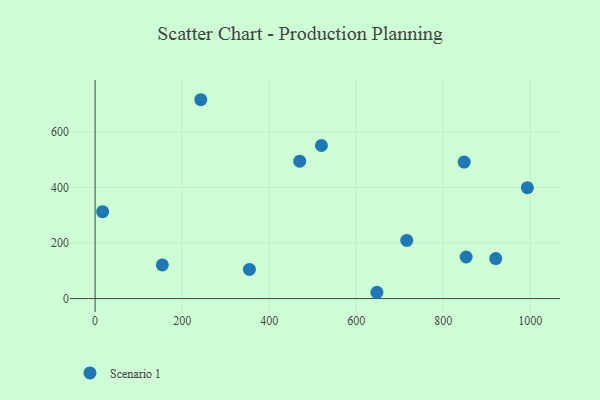
{"axis": {"x": "Experience", "y": "Profit"}, "legend": ["Scenario 1"], "data": [{"x": "470.2", "y": 495.1, "type": "Scenario 1"}, {"x": "242.9", "y": 716.6, "type": "Scenario 1"}, {"x": "852.7", "y": 149.9, "type": "Scenario 1"}, {"x": "647.7", "y": 22.7, "type": "Scenario 1"}, {"x": "993.4", "y": 399.5, "type": "Scenario 1"}, {"x": "520.1", "y": 551.7, "type": "Scenario 1"}, {"x": "17.3", "y": 313.0, "type": "Scenario 1"}, {"x": "716.2", "y": 209.4, "type": "Scenario 1"}, {"x": "920.7", "y": 144.2, "type": "Scenario 1"}, {"x": "848.2", "y": 492.0, "type": "Scenario 1"}, {"x": "154.6", "y": 121.3, "type": "Scenario 1"}, {"x": "354.6", "y": 105.0, "type": "Scenario 1"}]}